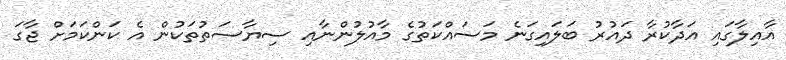
އާއިލާގައި އަދާކުރާ ދައުރު ބަލައިގަނެ މަސައްކަތުގެ މާއުލުންނާއި ސިޔާސަތުތަކުން އެ ކަންކަމަށް ޖާގަ